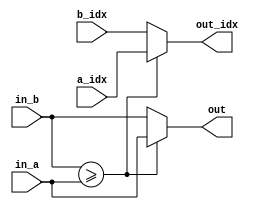
module smaller_mux(
	input [9:0] in_a,
                    in_b,
	input [5:0] a_idx,
	            b_idx,
    output  [9:0] out,
    output  [5:0]  out_idx);
assign out = in_b >= in_a ? in_a : in_b;
assign out_idx = in_b >= in_a ? a_idx : b_idx;
endmodule